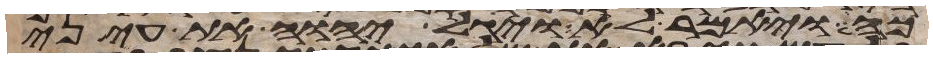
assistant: כה ויאמר לא ויגל יהוה את עיני